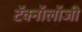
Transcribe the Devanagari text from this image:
टॅक्नॉलॉजी